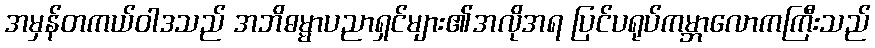
အမှန်တကယ်ဝါဒသည် အဘိဓမ္မာပညာရှင်များ၏အလိုအရ ပြင်ပရုပ်ကမ္ဘာလောကကြီးသည်